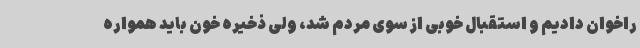
راخوان دادیم و استقبال خوبی از سوی مردم شد، ولی ذخیره خون باید همواره